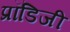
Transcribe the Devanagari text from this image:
प्रॉडिजी